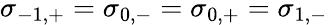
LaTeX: \sigma_{-1,+}=\sigma_{0,-}=\sigma_{0,+}=\sigma_{1,-}